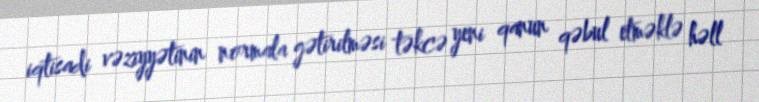
iqtisadi vəziyyətinin normala gətirilməsi təkcə yeni qanun qəbul etməklə həll